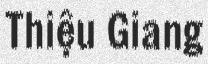
Thiệu Giang